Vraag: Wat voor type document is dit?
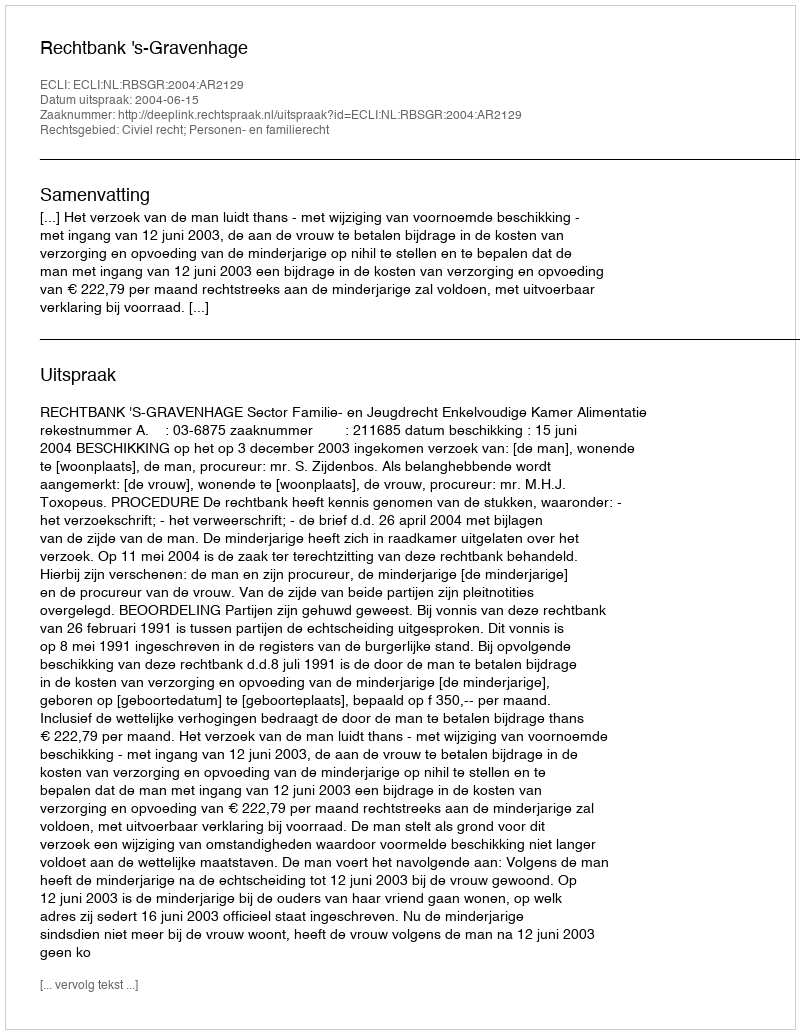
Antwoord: Uitspraak